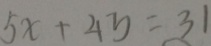
5 x + 4 y = 3 1